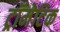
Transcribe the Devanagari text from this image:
ट्रॉमेटिक